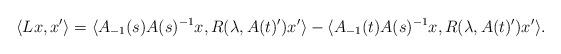
LaTeX: \begin{align*}\langle Lx, x' \rangle & = \langle A_{-1}(s) A(s)^{-1}x, R(\lambda, A(t)') x' \rangle - \langle A_{-1}(t) A(s)^{-1}x, R(\lambda, A(t)') x' \rangle.\end{align*}